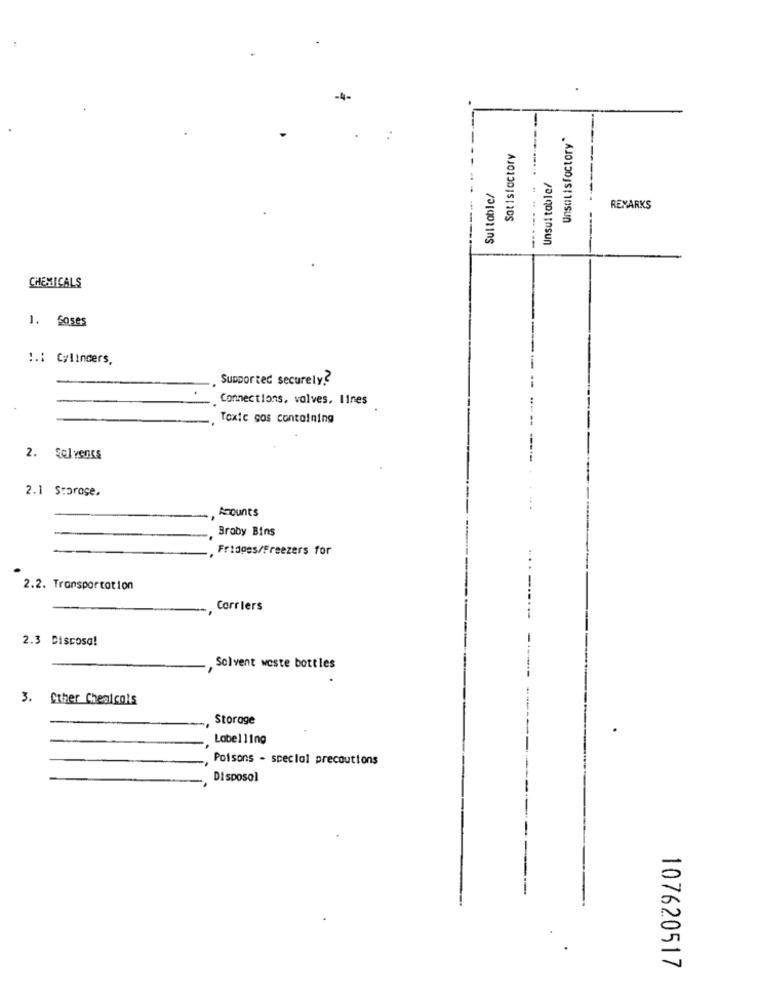
-4-
-
Unsatisfactory"
Satisfactory
Unsuitable/
Sullobic/
-.....
REXARKS
CHEMICALS
1. Soses
:.: Cylinders,
Supported securely ??
Connections, volves, lines
Toxic sos containing
2. Sol vents
2.1 Storage,
Acounts
Braby Bins
Fridges/Freezers for
2.2. Transportation
Carriers
2.3 Discosa!
Solvent weste bottles
3. Other Chealcols
Storage
.
Labelling
Poisons - special precautions
Disposal
107620517